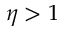
\eta > 1